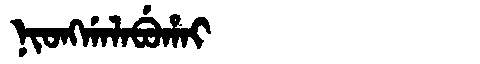
Manchu: ᠨᡳᠣᠩᡤᠠᠯᠠᠪᡠᡥᠠᡳ
Romanization: NIONGGALABUHAI